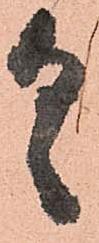
具